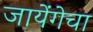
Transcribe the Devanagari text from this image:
जायेंगेचा